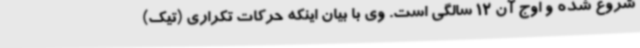
شروع شده و اوج آن 12 سالگی است. وی با بیان اینکه حرکات تکراری (تیک)